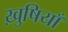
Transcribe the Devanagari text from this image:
ख़ुषियाँ